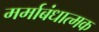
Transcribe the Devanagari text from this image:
मर्माबंधात्मक